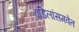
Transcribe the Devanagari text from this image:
वडिलांसमवेत